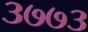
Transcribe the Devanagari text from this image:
३७७३